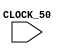
module top_level (input CLOCK_50);

// This is a template

endmodule